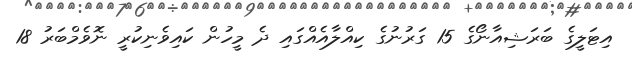
އިޓަލީގެ ބަރަޝިއާނޯގެ 15 ގަރުނުގެ ކިއްލާއެއްގައި ދެ މީހުން ކައިވެނިކުރީ ނޮވެމްބަރު 18